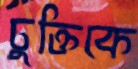
চুক্তিকে